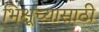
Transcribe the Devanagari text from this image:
भिक्षूंच्यासाठी